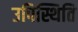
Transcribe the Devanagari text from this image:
उपिस्थिति